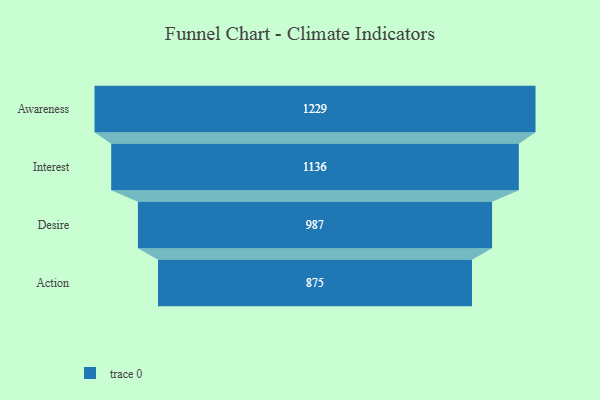
{"axis": {"x": "Stage", "y": "Value"}, "legend": [""], "data": [{"x": "Awareness", "y": 1229.0, "type": ""}, {"x": "Interest", "y": 1136.0, "type": ""}, {"x": "Desire", "y": 987.0, "type": ""}, {"x": "Action", "y": 875.0, "type": ""}]}